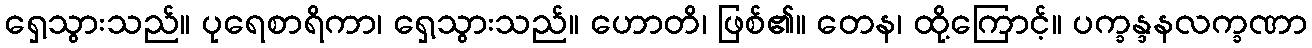
ရှေ့သွားသည်။ ပုရေစာရိကာ၊ ရှေ့သွားသည်။ ဟောတိ၊ ဖြစ်၏။ တေန၊ ထို့ကြောင့်။ ပက္ခန္ဒနလက္ခဏာ